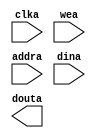
module inst_ram(
  clka,
  wea,
  addra,
  dina,
  douta
);
input clka;
input [0 : 0] wea;
input [13 : 0] addra;
input [31 : 0] dina;
output [31 : 0] douta;

parameter INST_INIT_FILE = "none";
// synthesis translate_off
initial
begin
	if ( INST_INIT_FILE == "none" )
	begin
        $display("Error:Can't find inst ram initial file!!!");
        $finish;
    end
end
  BLK_MEM_GEN_V6_1 #(
    .C_ADDRA_WIDTH(14),
    .C_ADDRB_WIDTH(14),
    .C_ALGORITHM(1),
    .C_AXI_ID_WIDTH(4),
    .C_AXI_SLAVE_TYPE(0),
    .C_AXI_TYPE(1),
    .C_BYTE_SIZE(9),
    .C_COMMON_CLK(0),
    .C_DEFAULT_DATA("0"),
    .C_DISABLE_WARN_BHV_COLL(0),
    .C_DISABLE_WARN_BHV_RANGE(0),
    .C_ENABLE_32BIT_ADDRESS(0),
    .C_FAMILY("spartan6"),
    .C_HAS_AXI_ID(0),
    .C_HAS_ENA(0),
    .C_HAS_ENB(0),
    .C_HAS_INJECTERR(0),
    .C_HAS_MEM_OUTPUT_REGS_A(0),
    .C_HAS_MEM_OUTPUT_REGS_B(0),
    .C_HAS_MUX_OUTPUT_REGS_A(0),
    .C_HAS_MUX_OUTPUT_REGS_B(0),
    .C_HAS_REGCEA(0),
    .C_HAS_REGCEB(0),
    .C_HAS_RSTA(0),
    .C_HAS_RSTB(0),
    .C_HAS_SOFTECC_INPUT_REGS_A(0),
    .C_HAS_SOFTECC_OUTPUT_REGS_B(0),
    .C_INIT_FILE("BlankString"),
    .C_INIT_FILE_NAME(INST_INIT_FILE),
    .C_INITA_VAL("0"),
    .C_INITB_VAL("0"),
    .C_INTERFACE_TYPE(0),
    .C_LOAD_INIT_FILE(1),
    .C_MEM_TYPE(0),
    .C_MUX_PIPELINE_STAGES(0),
    .C_PRIM_TYPE(1),
    .C_READ_DEPTH_A(16384),
    .C_READ_DEPTH_B(16384),
    .C_READ_WIDTH_A(32),
    .C_READ_WIDTH_B(32),
    .C_RST_PRIORITY_A("CE"),
    .C_RST_PRIORITY_B("CE"),
    .C_RST_TYPE("SYNC"),
    .C_RSTRAM_A(0),
    .C_RSTRAM_B(0),
    .C_SIM_COLLISION_CHECK("ALL"),
    .C_USE_BRAM_BLOCK(0),
    .C_USE_BYTE_WEA(0),
    .C_USE_BYTE_WEB(0),
    .C_USE_DEFAULT_DATA(0),
    .C_USE_ECC(0),
    .C_USE_SOFTECC(0),
    .C_WEA_WIDTH(1),
    .C_WEB_WIDTH(1),
    .C_WRITE_DEPTH_A(16384),
    .C_WRITE_DEPTH_B(16384),
    .C_WRITE_MODE_A("WRITE_FIRST"),
    .C_WRITE_MODE_B("WRITE_FIRST"),
    .C_WRITE_WIDTH_A(32),
    .C_WRITE_WIDTH_B(32),
    .C_XDEVICEFAMILY("spartan6")
  )
  inst (
    .CLKA(clka),
    .WEA(wea),
    .ADDRA(addra),
    .DINA(dina),
    .DOUTA(douta),
    .RSTA(),
    .ENA(),
    .REGCEA(),
    .CLKB(),
    .RSTB(),
    .ENB(),
    .REGCEB(),
    .WEB(),
    .ADDRB(),
    .DINB(),
    .DOUTB(),
    .INJECTSBITERR(),
    .INJECTDBITERR(),
    .SBITERR(),
    .DBITERR(),
    .RDADDRECC(),
    .S_ACLK(),
    .S_ARESETN(),
    .S_AXI_AWID(),
    .S_AXI_AWADDR(),
    .S_AXI_AWLEN(),
    .S_AXI_AWSIZE(),
    .S_AXI_AWBURST(),
    .S_AXI_AWVALID(),
    .S_AXI_AWREADY(),
    .S_AXI_WDATA(),
    .S_AXI_WSTRB(),
    .S_AXI_WLAST(),
    .S_AXI_WVALID(),
    .S_AXI_WREADY(),
    .S_AXI_BID(),
    .S_AXI_BRESP(),
    .S_AXI_BVALID(),
    .S_AXI_BREADY(),
    .S_AXI_ARID(),
    .S_AXI_ARADDR(),
    .S_AXI_ARLEN(),
    .S_AXI_ARSIZE(),
    .S_AXI_ARBURST(),
    .S_AXI_ARVALID(),
    .S_AXI_ARREADY(),
    .S_AXI_RID(),
    .S_AXI_RDATA(),
    .S_AXI_RRESP(),
    .S_AXI_RLAST(),
    .S_AXI_RVALID(),
    .S_AXI_RREADY(),
    .S_AXI_INJECTSBITERR(),
    .S_AXI_INJECTDBITERR(),
    .S_AXI_SBITERR(),
    .S_AXI_DBITERR(),
    .S_AXI_RDADDRECC()
  );

// synthesis translate_on

endmodule